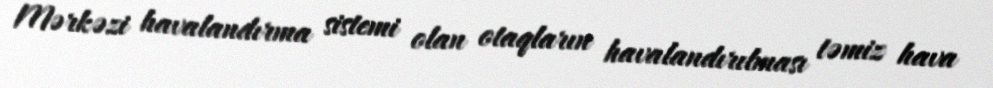
Mərkəzi havalandırma sistemi olan otaqların havalandırılması təmiz hava